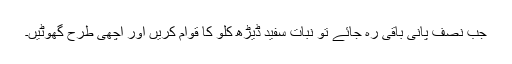
جب نصف پانی باقی رہ جائے تو نبات سفید ڈیڑھ کلو کا قوام کریں اور اچھی طرح گھوٹیں۔